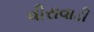
વીરાવાડી